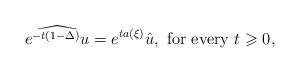
LaTeX: \begin{align*}\widehat{e^{-t(1-\Delta)}u}=e^{ta(\xi)}\hat{u}, \mbox{ for every } t \geqslant 0,\end{align*}